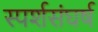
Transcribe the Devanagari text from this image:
स्पर्शसंघर्ष